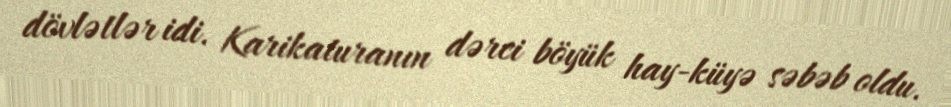
dövlətlər idi. Karikaturanın dərci böyük hay-küyə səbəb oldu.